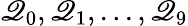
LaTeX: \mathscr{Q}_{0},\mathscr{Q}_{1},...,\mathscr{Q}_{9}